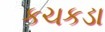
કચકડા